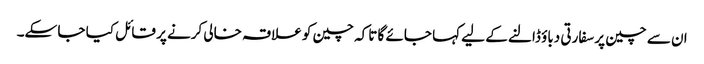
ان سے چین پر سفارتی دباؤ ڈالنے کے لیے کہا جائے گا تاکہ چین کو علاقہ خالی کرنے پر قائل کیا جا سکے۔